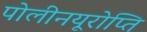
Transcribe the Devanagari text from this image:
पोलीनयूरोप्ति